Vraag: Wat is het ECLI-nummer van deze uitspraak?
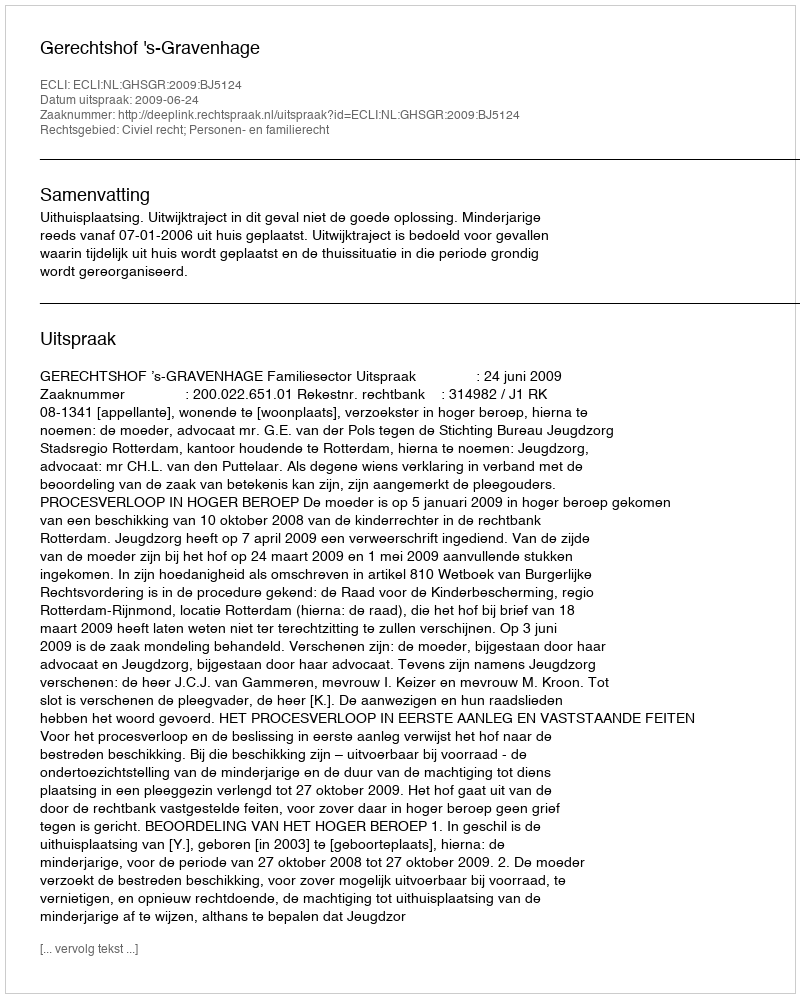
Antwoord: ECLI:NL:GHSGR:2009:BJ5124